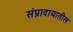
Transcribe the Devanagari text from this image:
संप्रादायातील